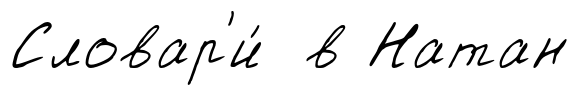
Словар'и́ в Натан